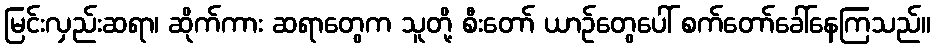
မြင်းလှည်းဆရာ၊ ဆိုက်ကား ဆရာတွေက သူတို့ စီးတော် ယာဉ်တွေပေါ် စက်တော်ခေါ်နေကြသည်။